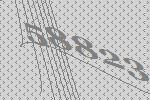
58823